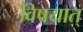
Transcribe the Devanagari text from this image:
विषयात्